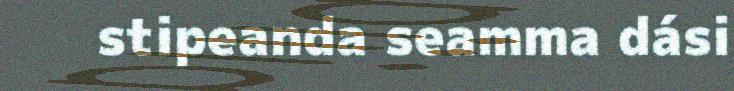
stipeanda seamma dási